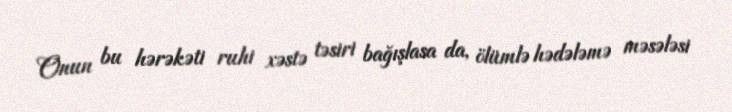
Onun bu hərəkəti ruhi xəstə təsiri bağışlasa da, ölümlə hədələmə məsələsi